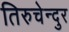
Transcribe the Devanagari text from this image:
तिरुचेन्दुर